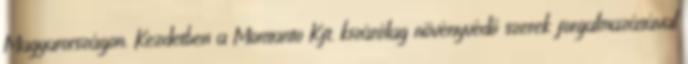
Magyarországon. Kezdetben a Monsanto Kft. kizárólag növényvédő szerek forgalmazásával